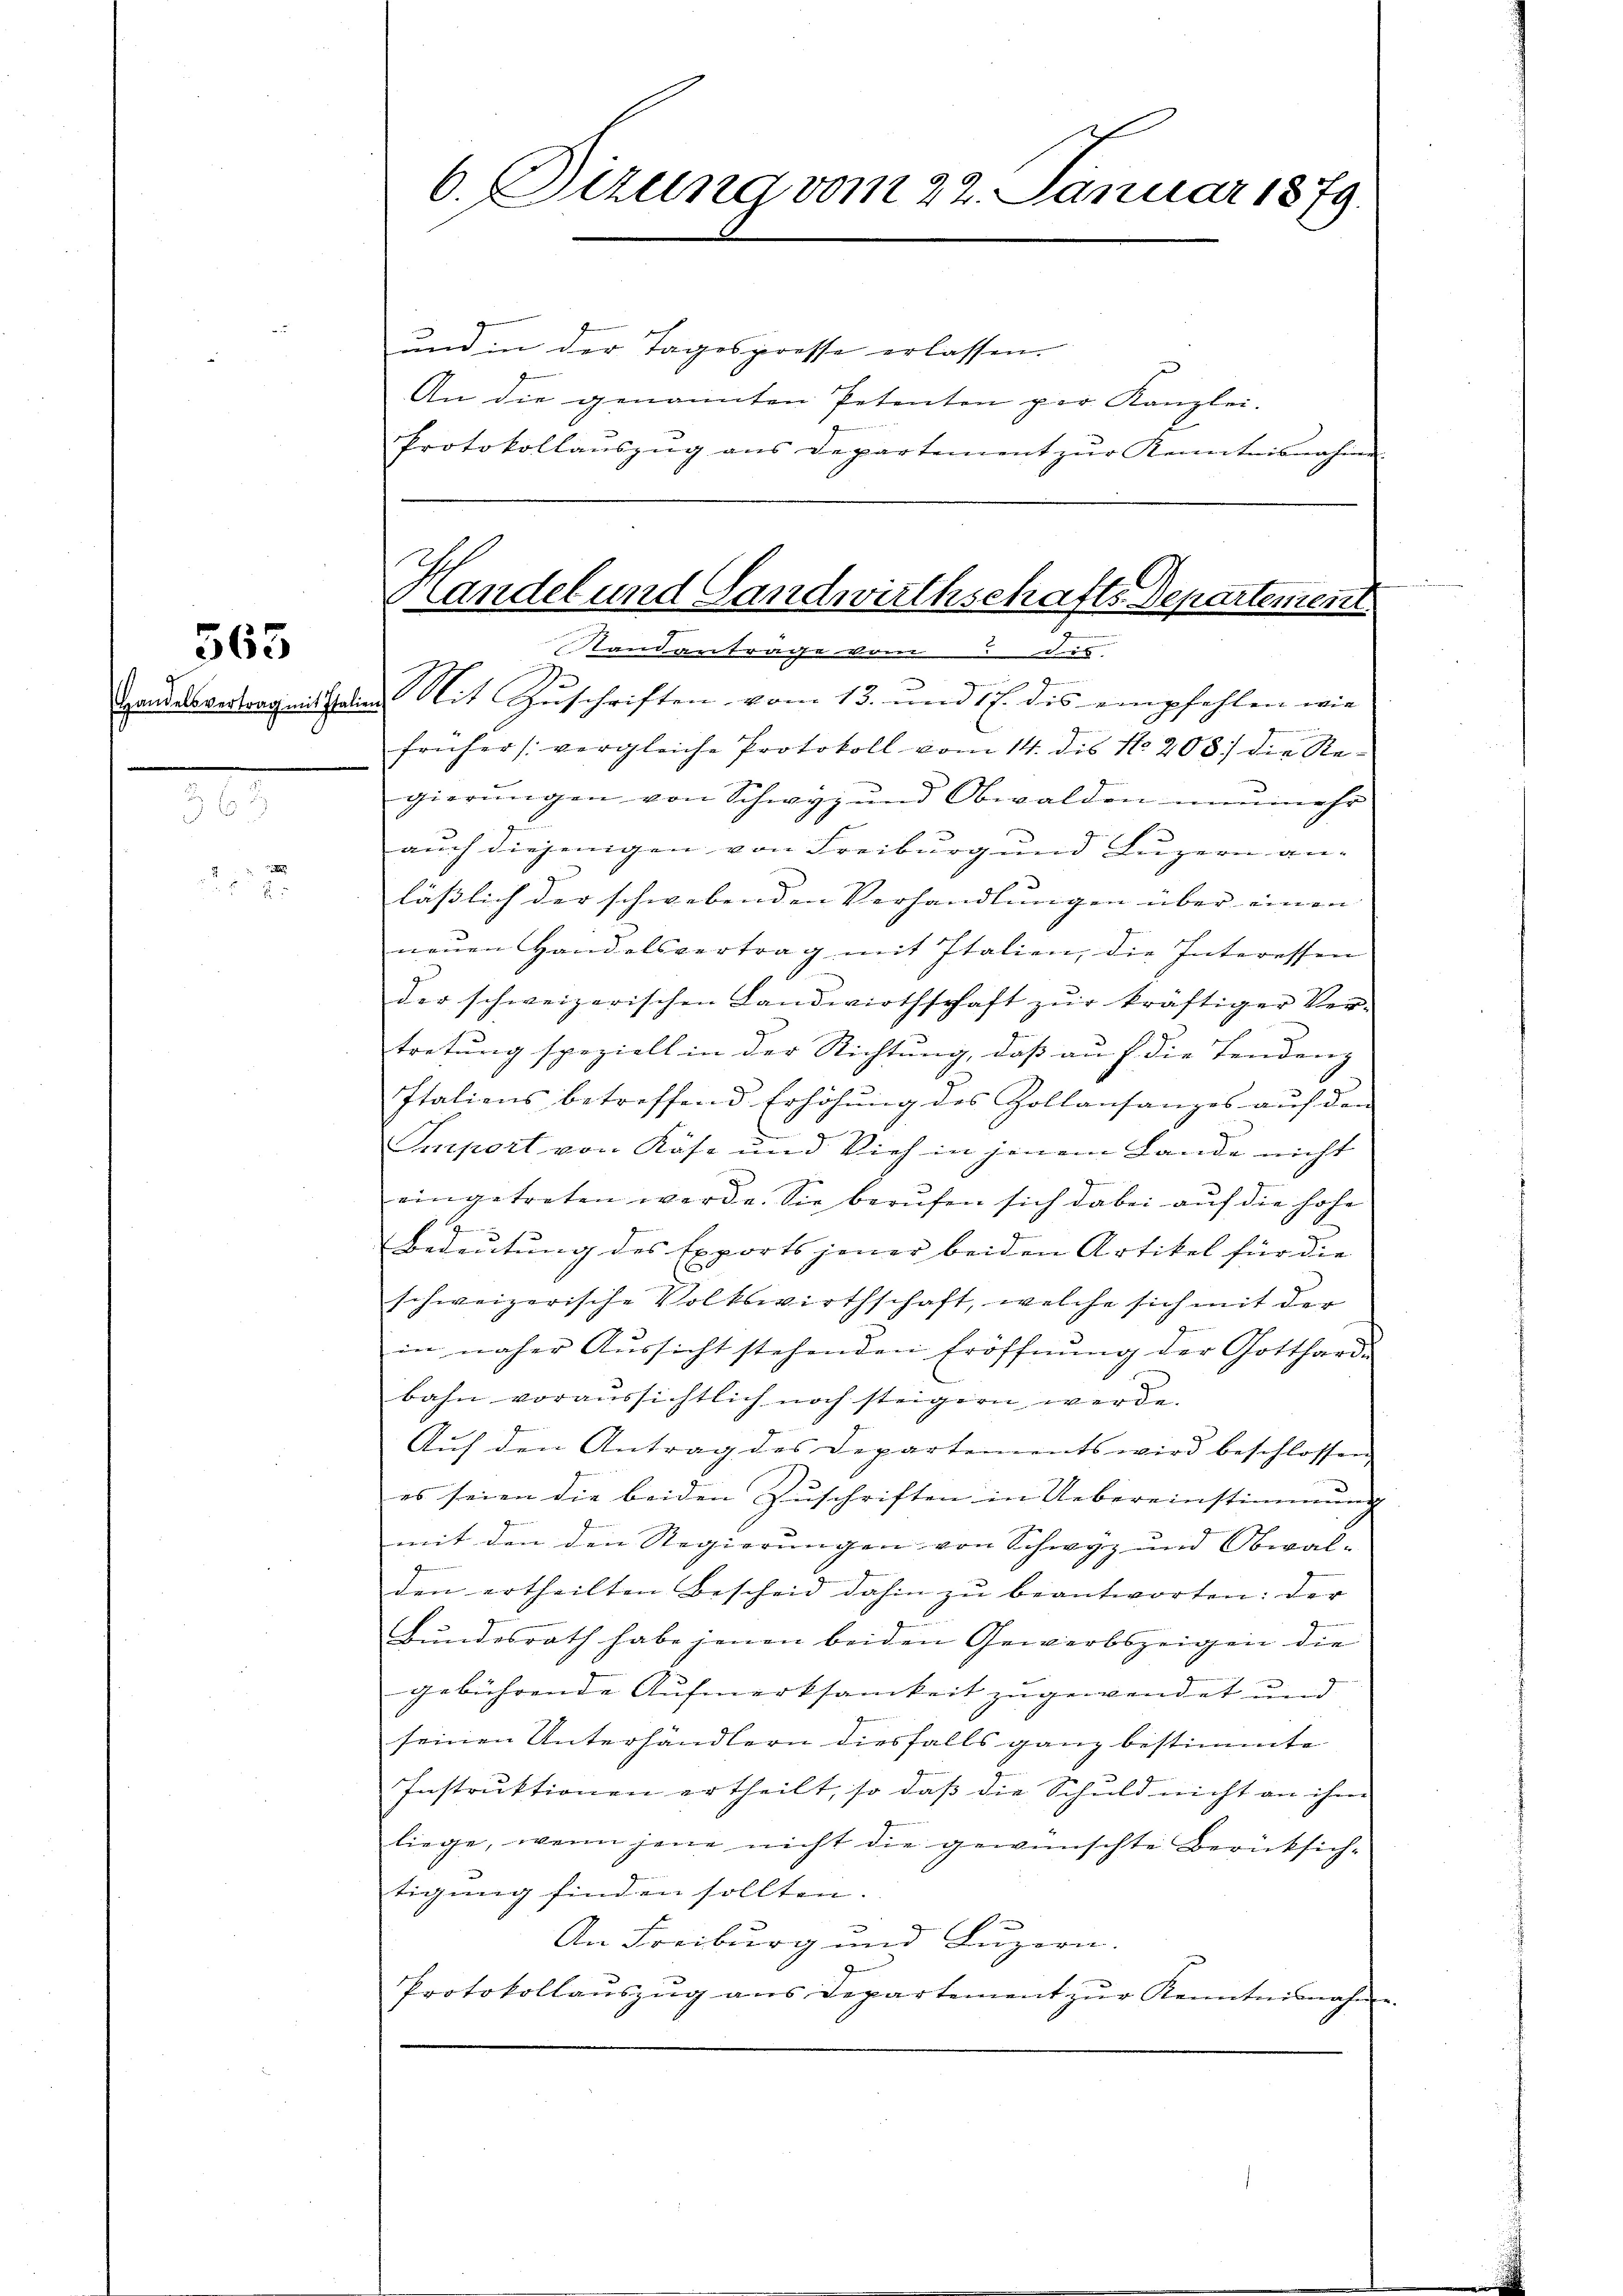
565

n
i

und in der Tagespresse erlassen.
An die genannten Petenten per Kanzlei.
2
Protokollauszug aus Departement zŭr Kenntnisnahme

6. Sizung vom 22. Januar 1879.

Handel und Landwirthschafts-Departement
2
Standantrage vom Dis

Handelsvertrag mitsalien Mit Zuschriften vom 13. und 17. dis empfehlen wie
früher (vergleiche Protokoll vom 14. dis No 208. die Regierŭngen von Schwyz und Obwalden nunmehr
auch diejenigen von Freiburg und Luzern an-
lässlich der schwebenden Verhandlungen über einen
neŭen Handelsvertrag mit Italien, die Interessen
der schweizerischen Landwirthschaft zŭr kräftiger Ver-
tretung speziell in der Richtung, daß auf die Tendenz
Italiens betreffend Erhöhŭng des Zollansanges aŭf den
Emport von Käse und Vieh in jenem Lande nicht
eingetreten werde. Sie berŭfen sich dabei aŭf die hohe
9
Bedeutung des Exports jener beiden Artikel für die
schweizerische Volkswirthschaft, welche sich mit der
in näher Aŭssicht stehenden Eröffnŭng der Gotthard-
bahn voraussichtlich noch steigern werde.
Aŭf den Antrag des Departements wird beschlossen
es seien die beiden Zuschriften in Uebereinstimmung
mit den den Regierungen von Schwyz und Obwal- |
den ertheilten Bescheid dahin zŭ beantworten: der
Bundesrath habe jenen beiden Gewerbszeigen die
gebührende Aufmerksamkeit zugewendet und
seinen Unterhändlern diesfalls ganz bestimmte
Instruktionen ertheilt, so daß die Schuld nicht an ihm
liege, wenn jene nicht die gewünschte Berücksich-
tigung finden sollten.
An Freiburg und Luzern.
Protokollaŭszŭg ans Departement zŭr Kenntnisnahme.